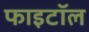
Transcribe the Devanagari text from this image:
फाइटॉल